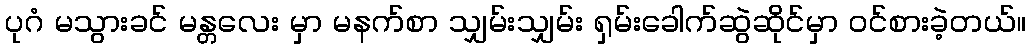
ပုဂံ မသွားခင် မန္တလေး မှာ မနက်စာ သျှမ်းသျှမ်း ရှမ်းခေါက်ဆွဲဆိုင်မှာ ဝင်စားခဲ့တယ်။